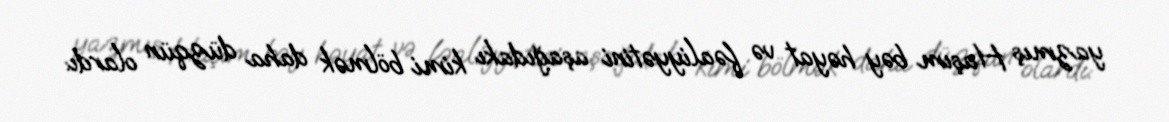
yazmış Haşım bəy həyat və fəaliyyətini aşağıdakı kimi bölmək daha düzqün olardı: